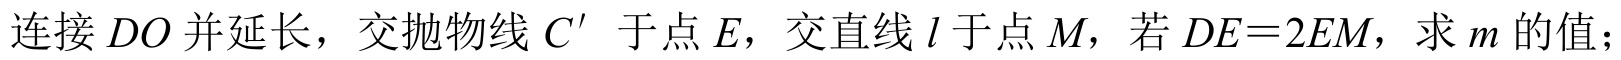
连接\(DO\)并延长，交抛物线\(C'\) 于点\(E\)，交直线\(l\)于点\(M\)，若\(DE = 2EM\)，求\(m\)的值；